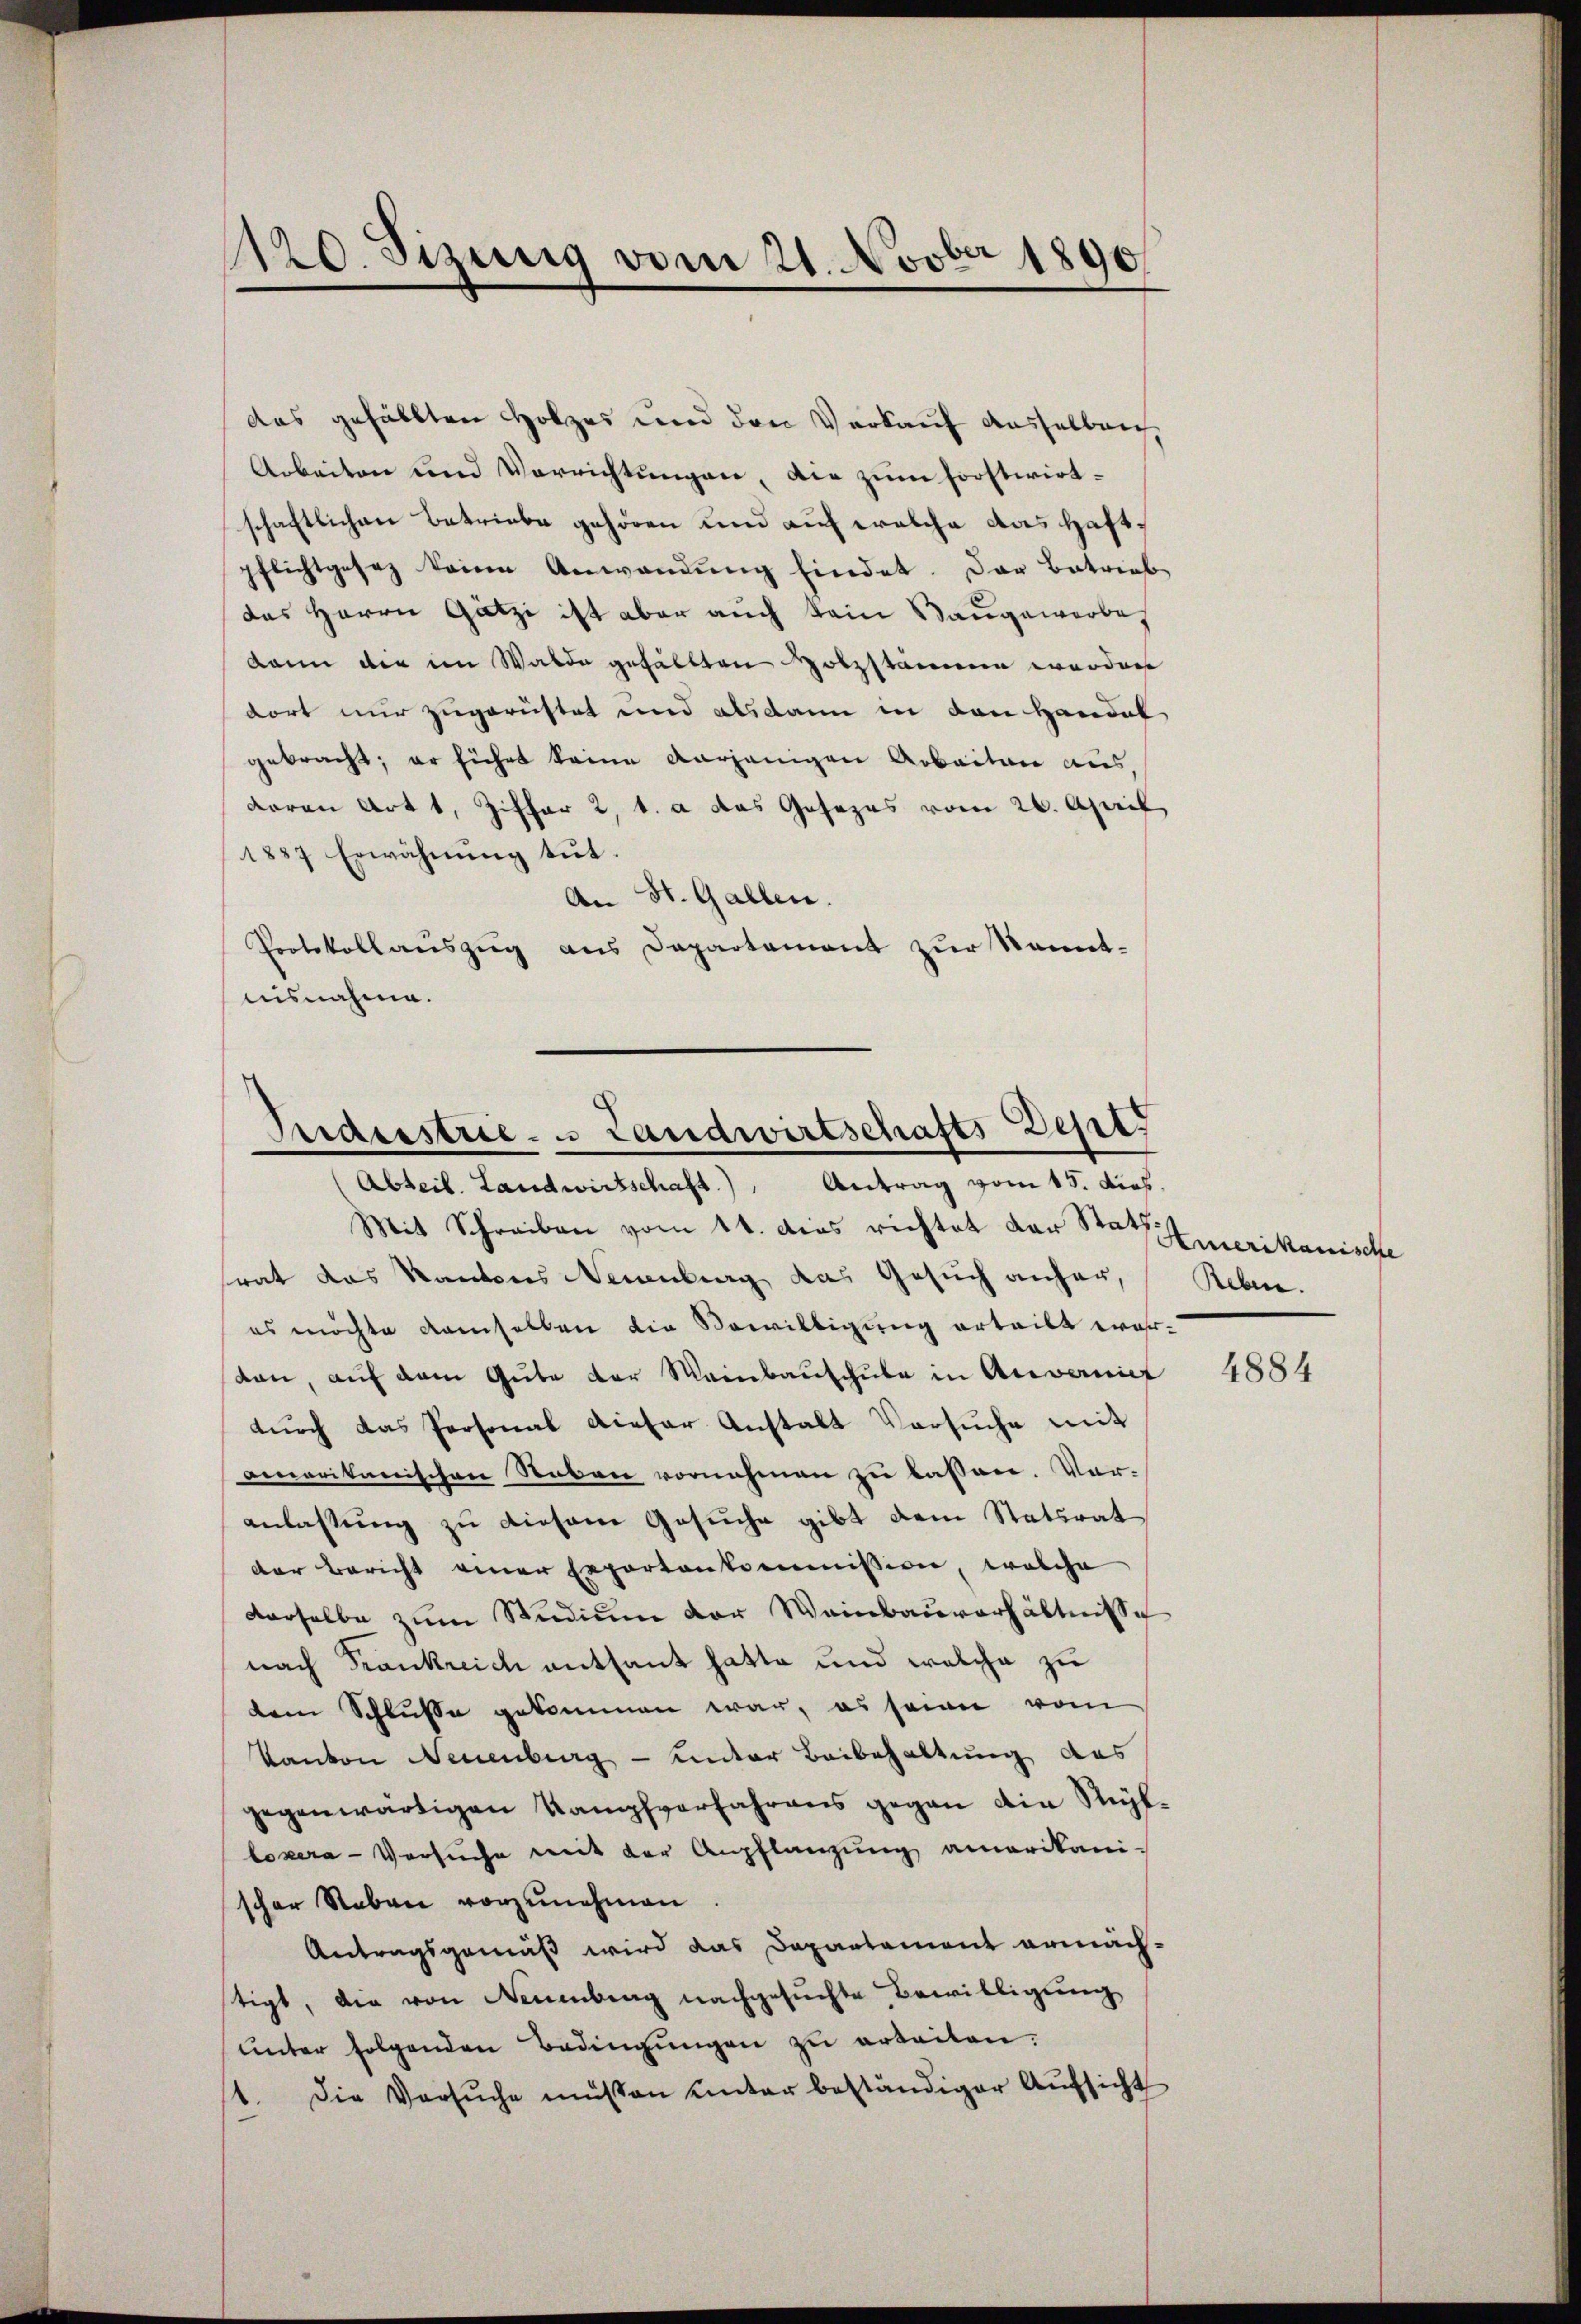
1120. Sizung vom 21. Novber 1890

das gefällten Holzes und den Verkauf dasselben
Arbeiten und Verrichtungen, die zum Forstwirtschaftlichen Betriebe gehören und auf welche das Haftpflichtgesez keine Anwendŭng findet. Das Betrieb
das Herrn Gätzi ist aber auch kein Baugewerbe
dann der im Walde gefällten Holzstämmen werden
dort nur zugerüstet und alsdann in den Handel
gebracht; er führt keine vorjenigen Arbeiten aus,
daran Art 1, Ziffer 2 t. a das Gesezes vom 26. April
1887 Erwähnung tut.
An St. Gallen.
Protokollauszug aus Departement zur Kenntnisnahme.

Triderstrie- u Landwirtschafts Dep
Abteil. Landwirtschaft.) Antrag vom 15. Dieb.

Mit Schreiben vom 14. dies richtet der Stat Emerikanische
srat das Kantons Neuenburg das Gesuch anher,
es möchte demselben die Bewilligung erteilt werden, auf dem Gute der Weinbauschule in Anvanit
dŭrch das Personal dieser Anstalt Versuche mit
omerikanischen Neben vornehmen zu lassen. Voranlassung zu diesem Gesuche gibt dem Statsrat
der Bericht einer Exportankommission, welche
derselbe zum Studium der Weinbauverhältnisse
nach Frankreich entsant hatte und welche zu
dem Schlusse gekommen war, es seiner vom
Kanton Neuenburg – unter Beibehaltung des
gegenwärtigen Kampfverfahrens gegen die Reitlozera-Versuche mit der Anpflanzung amerikani-
scher Neben vorzunehmen.
Antragsgemäß wird das Departement ermächstigt, die von Neuenburg nachgesuchte Bewilligung
unter folgenden Bedingungen zu erteilen.
1. Die Versŭche müssen ŭnter beständiger Aŭfsicht

Reben.

4884